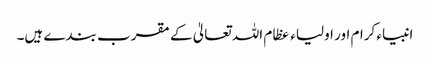
انبیاء کرام اور اولیاء عظام اللہ تعالیٰ کے مقرب بندے ہیں۔